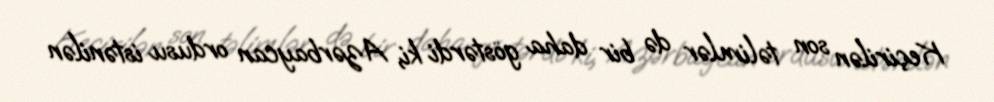
Keçirilən son təlimlər də bir daha göstərdi ki, Azərbaycan ordusu istənilən